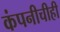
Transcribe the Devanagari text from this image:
कंपनीचीही